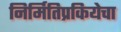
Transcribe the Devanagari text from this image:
निर्मितिप्रकियेचा